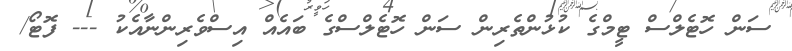
ސަން ހޮޓެލްސް ޓީމްގެ ކުޅުންތެރިން ސަން ހޮޓެލްސްގެ ބައެއް އިސްވެރިންނާއެކު --- ފޮޓޯ/